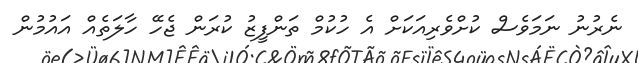
ނެރުނު ނަމަވެސް ކުށްވެރިއަކަށް އެ ހުކުމް ތަންފީޒު ކުރަން ޖެހޭ ހާލަތެއް އައުމުން